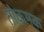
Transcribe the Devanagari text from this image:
तोकमक